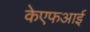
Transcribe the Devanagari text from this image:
केएफआई